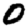
Digit: 0